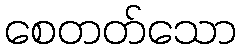
စေတတ်သော